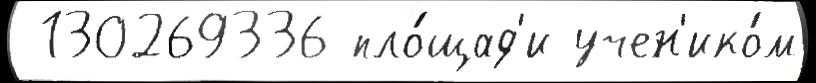
 130269336 пло́щад'и учен'ико́м